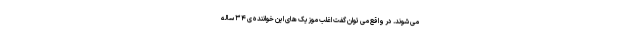
می شوند. در واقع می توان گفت اغلب موزیک های این خواننده ی ۳۴ ساله